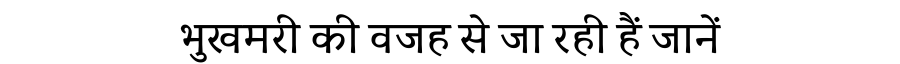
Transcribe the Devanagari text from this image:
भुखमरी की वजह से जा रही हैं जानें